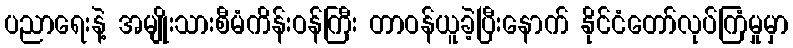
ပညာရေးနဲ့ အမျိုးသားစီမံကိန်းဝန်ကြီး တာဝန်ယူခဲ့ပြီးနောက် နိုင်ငံတော်လုပ်ကြံမှုမှာ